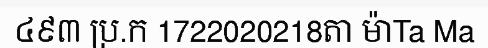
៤៩៣ ប្រ.ក 1722020218តា ម៉ាTa Ma